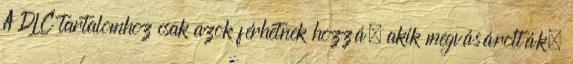
A DLC tartalomhoz csak azok férhetnek hozzá, akik megvásárolták,